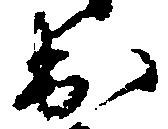
出